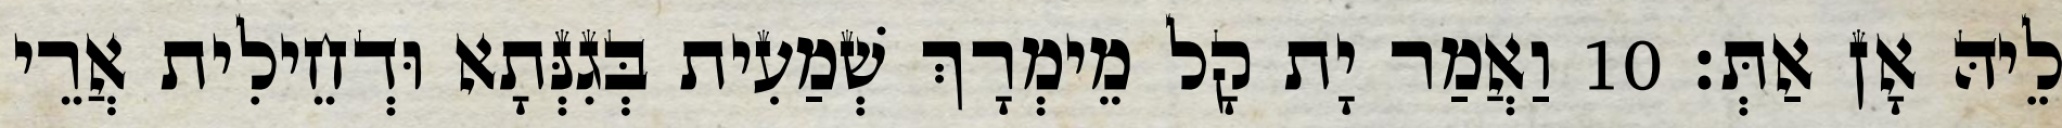
לֵיהּ אָן אַתְּ׃ 10 וַאֲמַר יָת קָל מֵימְרָךְ שְׁמַעִית בְּגִנְּתָא וּדְחֵילִית אֲרֵי